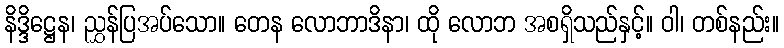
နိဒ္ဒိဋ္ဌေန၊ ညွှန်ပြအပ်သော။ တေန လောဘာဒိနာ၊ ထို လောဘ အစရှိသည်နှင့်။ ဝါ၊ တစ်နည်း။